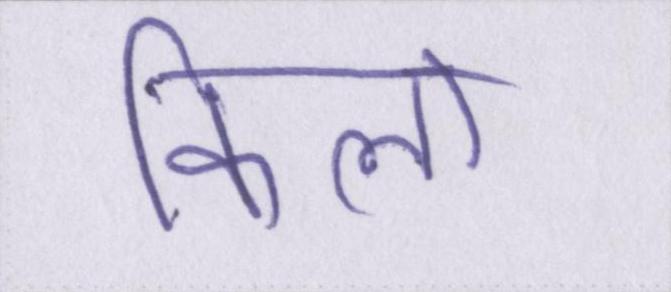
किलो